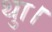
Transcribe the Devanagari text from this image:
थाु।